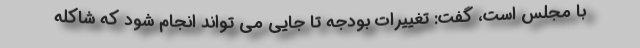
با مجلس است، گفت: تغییرات بودجه تا جایی می تواند انجام شود که شاکله